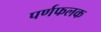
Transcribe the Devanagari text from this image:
पर्णफलक